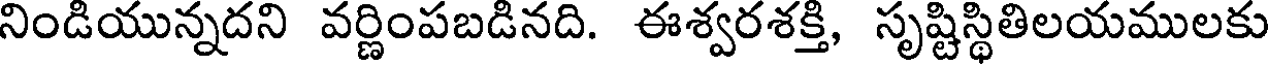
నిండియున్నదని వర్ణింపబడినది. ఈశ్వరశక్తి, సృష్టిస్థితిలయములకు